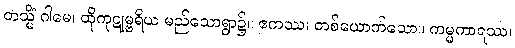
တသ္မိံ ဂါမေ၊ ထိုကုဋုမ္ဗရိယ မည်သောရွာ၌။ ဧကဿ၊ တစ်ယောက်သော။ ကမ္မကာရဿ၊